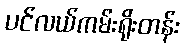
ပင်လယ်ကမ်းရိုးတန်း